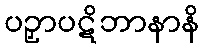
ပဉှာပဋိဘာနာနိ